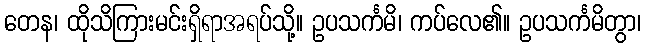
တေန၊ ထိုသိကြားမင်းရှိရာအရပ်သို့။ ဥပသင်္ကမိ၊ ကပ်လေ၏။ ဥပသင်္ကမိတွာ၊